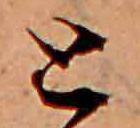
と